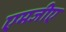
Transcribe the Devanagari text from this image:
एमजीए